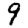
Digit: 9